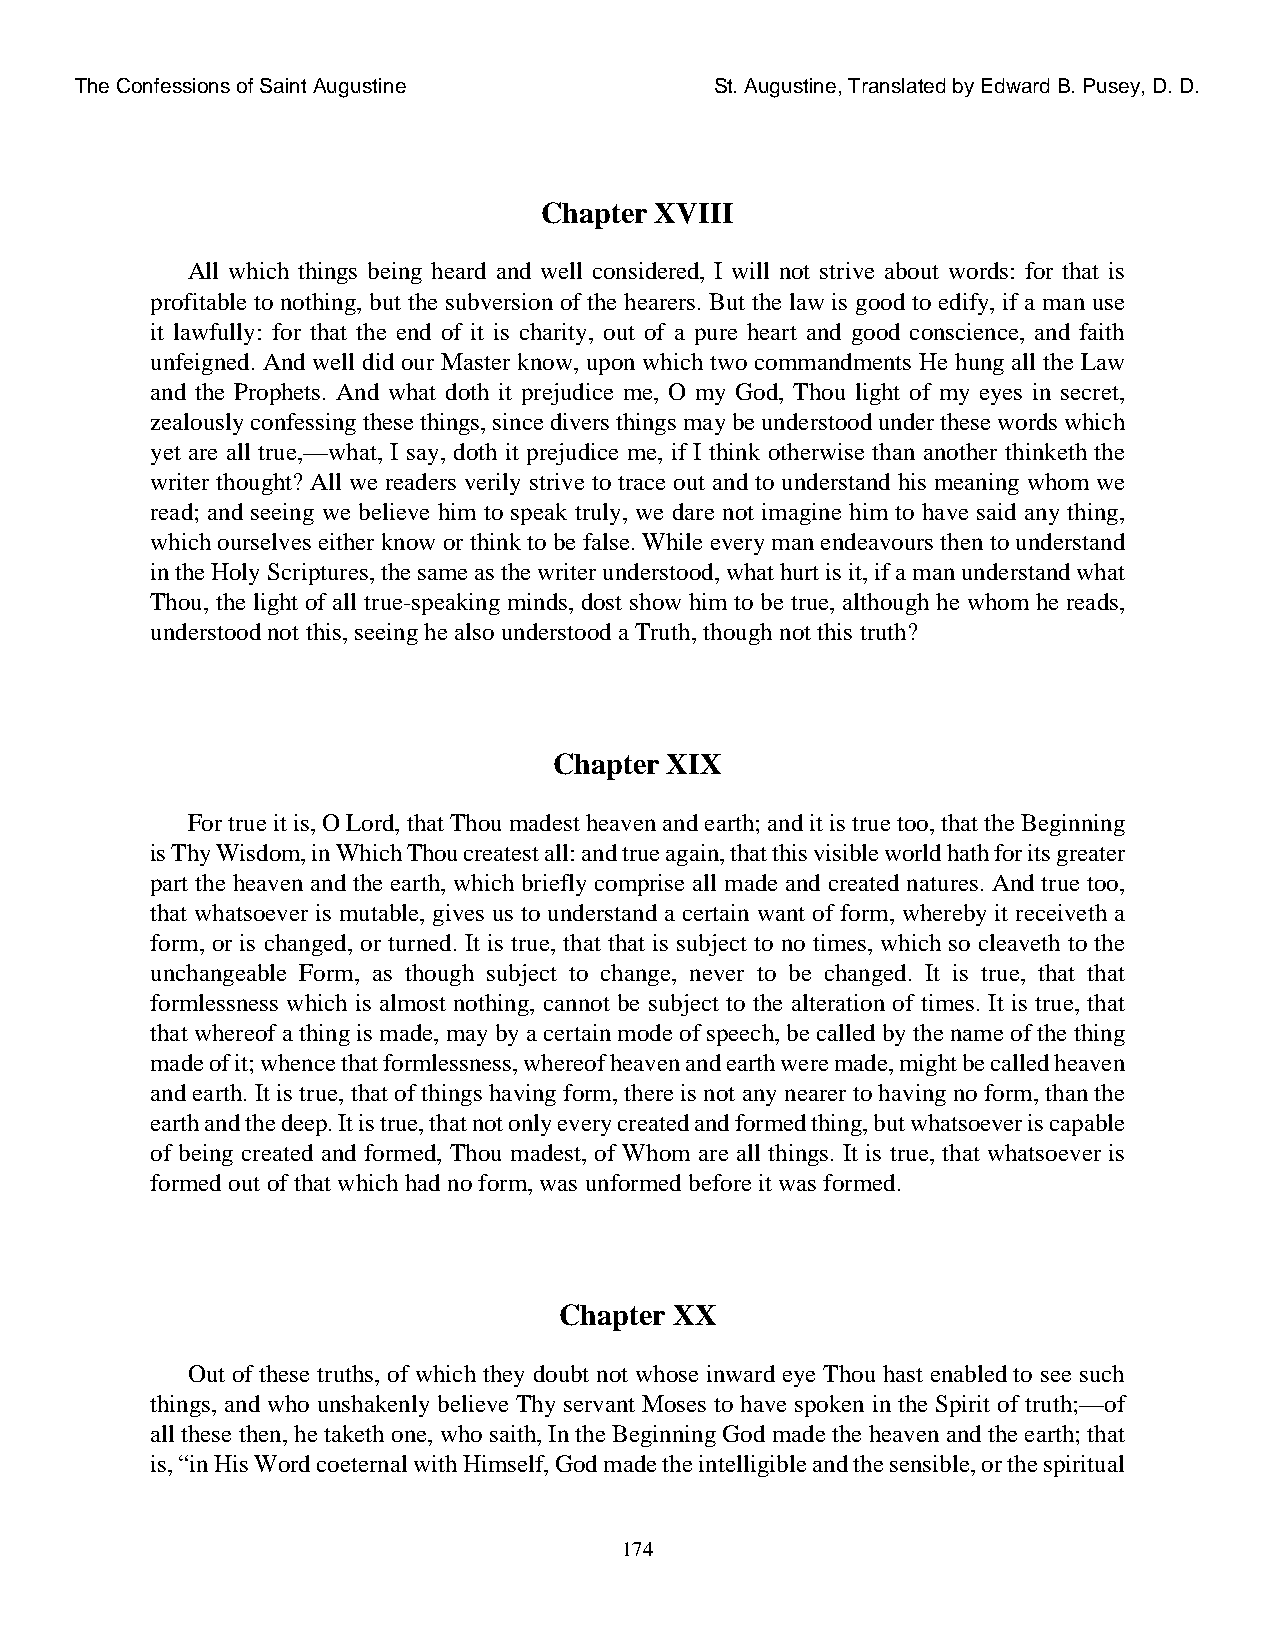
The Confessions of Saint Augustine        St. Augustine, Translated by Edward B. Pusey, D. D.
 Chapter XVIII
 All which things being heard and well considered, I will not strive about words: for that is
 profitable to nothing, but the subversion of the hearers. But the law is good to edify, if a man use
 it lawfully: for that the end of it is charity, out of a pure heart and good conscience, and faith
 unfeigned. And well did our Master know, upon which two commandments He hung all the Law
 and the Prophets. And what doth it prejudice me, O my God, Thou light of my eyes in secret,
 zealously confessing these things, since divers things may be understood under these words which
 yet are all true,—what, I say, doth it prejudice me, if I think otherwise than another thinketh the
 writer thought? All we readers verily strive to trace out and to understand his meaning whom we
 read; and seeing we believe him to speak truly, we dare not imagine him to have said any thing,
 which ourselves either know or think to be false. While every man endeavours then to understand
 in the Holy Scriptures, the same as the writer understood, what hurt is it, if a man understand what
 Thou, the light of all true-speaking minds, dost show him to be true, although he whom he reads,
 understood not this, seeing he also understood a Truth, though not this truth?
 Chapter XIX
 For true it is, O Lord, that Thou madest heaven and earth; and it is true too, that the Beginning
 is Thy Wisdom, in Which Thou createst all: and true again, that this visible world hath for its greater
 part the heaven and the earth, which briefly comprise all made and created natures. And true too,
 that whatsoever is mutable, gives us to understand a certain want of form, whereby it receiveth a
 form, or is changed, or turned. It is true, that that is subject to no times, which so cleaveth to the
 unchangeable Form, as though subject to change, never to be changed. It is true, that that
 formlessness which is almost nothing, cannot be subject to the alteration of times. It is true, that
 that whereof a thing is made, may by a certain mode of speech, be called by the name of the thing
 made of it; whence that formlessness, whereof heaven and earth were made, might be called heaven
 and earth. It is true, that of things having form, there is not any nearer to having no form, than the
 earth and the deep. It is true, that not only every created and formed thing, but whatsoever is capable
 of being created and formed, Thou madest, of Whom are all things. It is true, that whatsoever is
 formed out of that which had no form, was unformed before it was formed.
 Chapter XX
 Out of these truths, of which they doubt not whose inward eye Thou hast enabled to see such
 things, and who unshakenly believe Thy servant Moses to have spoken in the Spirit of truth;—of
 all these then, he taketh one, who saith, In the Beginning God made the heaven and the earth; that
 is, “in His Word coeternal with Himself, God made the intelligible and the sensible, or the spiritual
 174